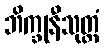
ဘိက္ခုနီသုတ္တံ